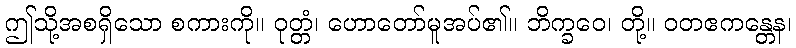
ဤသို့အစရှိသော စကားကို။ ဝုတ္တံ၊ ဟောတော်မူအပ်၏။ ဘိက္ခဝေ၊ တို့။ ဝတဧကန္တေန၊